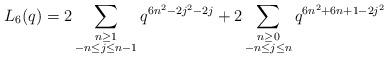
LaTeX: \begin{align*} L_{6}(q) = 2\sum_{\substack{n \geq 1 \\ -n \leq j \leq n-1}} q^{6n^2 - 2j^2 - 2j} + 2\sum_{\substack{n \geq 0 \\ -n \leq j \leq n}} q^{6n^2 + 6n + 1 - 2j^2}\end{align*}